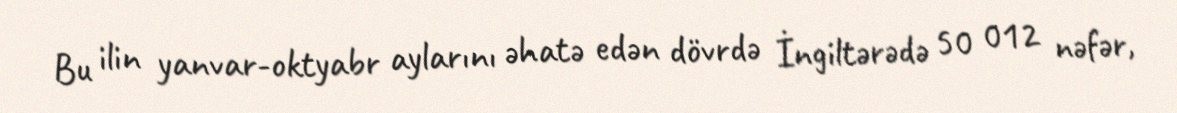
Bu ilin yanvar-oktyabr aylarını əhatə edən dövrdə İngiltərədə 50 012 nəfər,